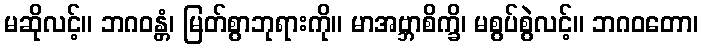
မဆိုလင့်။ ဘဂဝန္တံ၊ မြတ်စွာဘုရားကို။ မာအဗ္ဘာစိက္ခိ၊ မစွပ်စွဲလင့်။ ဘဂဝတော၊